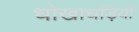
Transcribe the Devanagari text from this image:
धोखाधड़ियों